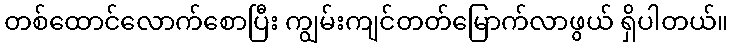
တစ်ထောင်လောက်စောပြီး ကျွမ်းကျင်တတ်မြောက်လာဖွယ် ရှိပါတယ်။